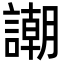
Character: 謿